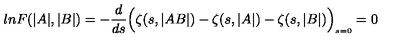
l n F ( \vert A \vert , \vert B \vert ) = - \frac { d } { d s } \Bigl ( \zeta ( s , \vert A B \vert ) - \zeta ( s , \vert A \vert ) - \zeta ( s , \vert B \vert ) \Bigr ) _ { \scriptscriptstyle s = 0 } = 0